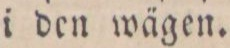
i den wägen.